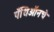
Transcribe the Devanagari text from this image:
पँथिऑनचे